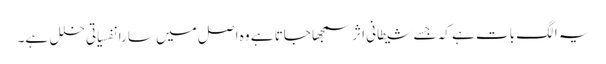
یہ الگ بات ہے کہ جسے شیطانی اثر سمجھا جاتا ہے وہ اصل میں سارا نفسیاتی خلل ہے۔